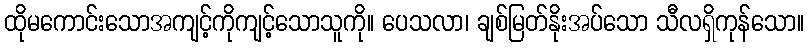
ထိုမကောင်းသောအကျင့်ကိုကျင့်သောသူကို။ ပေသလာ၊ ချစ်မြတ်နိုးအပ်သော သီလရှိကုန်သော။